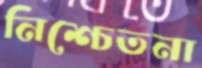
নিশ্চেতনা